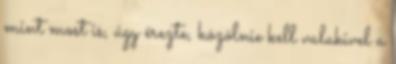
mint most is, úgy érezte, közölnie kell valakivel a